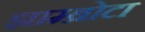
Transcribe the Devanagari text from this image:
झाम्ब्रोटा